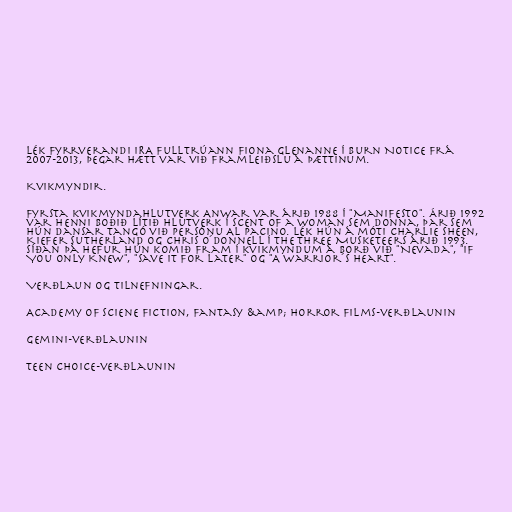
lék fyrrverandi IRA fulltrúann Fiona Glenanne í Burn Notice frá
2007-2013, þegar hætt var við framleiðslu á þættinum.

Kvikmyndir.

Fyrsta kvikmyndahlutverk Anwar var árið 1988 í "Manifesto". Árið 1992
var henni boðið lítið hlutverk í Scent of a Woman sem Donna, þar sem
hún dansar tangó við persónu Al Pacino. Lék hún á móti Charlie Sheen,
Kiefer Sutherland og Chris O´Donnell í The Three Musketeers árið 1993.
Síðan þá hefur hún komið fram í kvikmyndum á borð við "Nevada", "If
You Only Knew", "Save It for Later" og "A Warrior´s Heart".

Verðlaun og tilnefningar.

Academy of Sciene Fiction, Fantasy &amp; Horror Films-verðlaunin

Gemini-verðlaunin

Teen Choice-verðlaunin